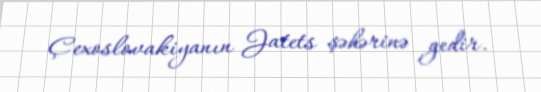
Çexoslovakiyanın Jatets şəhərinə gedir.